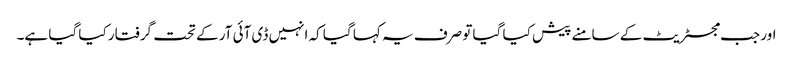
اور جب مجسٹریٹ کے سامنے پیش کیا گیا تو صرف یہ کہا گیا کہ انہیں ڈی آئی آر کے تحت گرفتار کیا گیا ہے۔